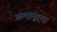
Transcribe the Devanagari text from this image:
उण्यापुर्‍या